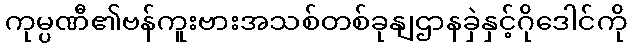
ကုမ္ပဏီ၏ဗန်ကူးဗားအသစ်တစ်ခုနျဌာနခှဲနှင့်ဂိုဒေါင်ကို